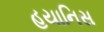
હયાનિસ